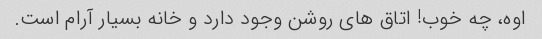
اوه، چه خوب! اتاق های روشن وجود دارد و خانه بسیار آرام است.